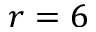
r = 6